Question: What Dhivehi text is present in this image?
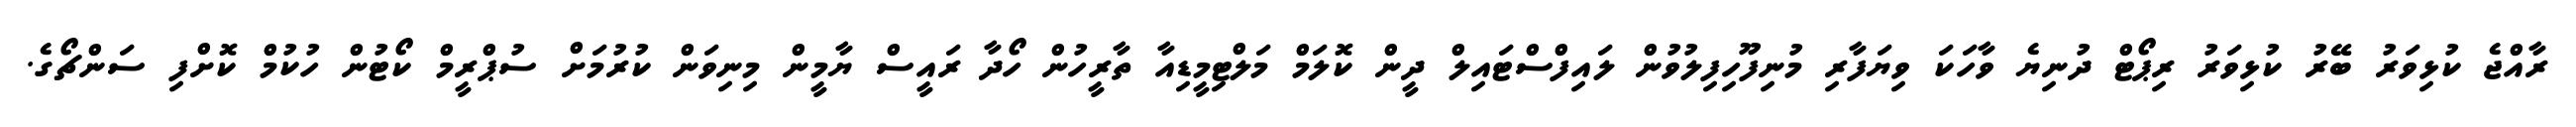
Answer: ރާއްޖެ ކުޅިވަރު ބޭރު ކުޅިވަރު ރިޕޯޓް ދުނިޔެ ވާހަކަ ވިޔަފާރި މުނިފޫހިފިލުވުން ލައިފްސްޓައިލް ދީން ކޮލަމް މަލްޓިމީޑިއާ ތާރީހުން ހޯދާ ރައީސް ޔާމީން މިނިވަން ކުރުމަށް ސުޕްރީމް ކޯޓުން ހުކުމް ކޮށްފި ސަންޗޯގެ.